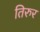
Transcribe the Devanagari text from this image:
तिरुर